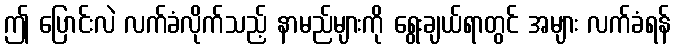
ဤ ပြောင်းလဲ လက်ခံလိုက်သည့် နာမည်များကို ရွေးချယ်ရာတွင် အများ လက်ခံရန်